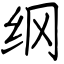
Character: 纲